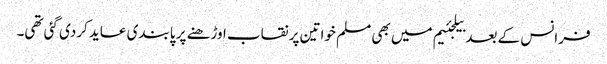
فرانس کے بعد بیلجئیم میں بھی مسلم خواتین پر نقاب اوڑھنے پر پابندی عاید کردی گئی تھی۔